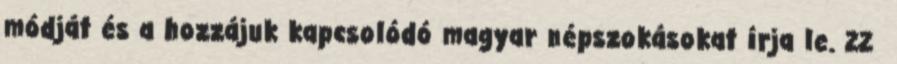
módját és a hozzájuk kapcsolódó magyar népszokásokat írja le. 22